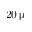
2 0 \, \upmu